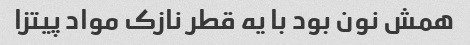
همش نون بود با یه قطر نازک مواد پیتزا